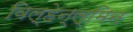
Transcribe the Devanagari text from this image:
विल्हेन्ल्मिन